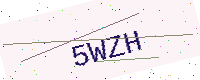
Text: 5WZH